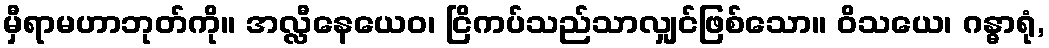
မှီရာမဟာဘုတ်ကို။ အလ္လီနေယေဝ၊ ငြိကပ်သည်သာလျှင်ဖြစ်သော။ ဝိသယေ၊ ဂန္ဓာရုံ,